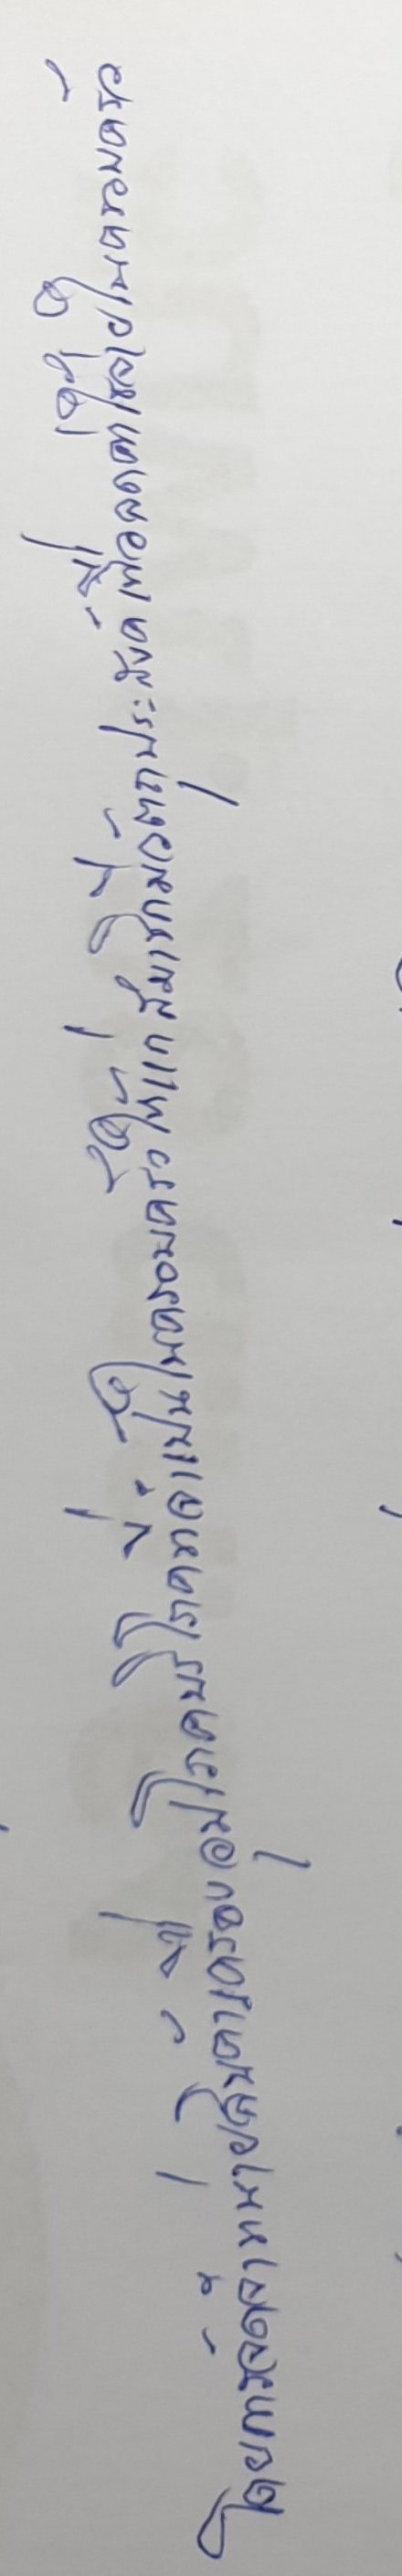
โดยการจัดจำหน่ายสินค้าเครื่องอุปโภคบริโภคที่จำเป็นในครอบครัวให้แก่สมาชิกมีวัตถุประสงค์เพื่อลดค่าใช้จ่ายในครอบครัว